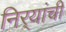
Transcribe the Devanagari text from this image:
निर्‍यांची